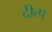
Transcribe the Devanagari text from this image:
दीत्प